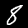
Label: 8